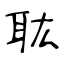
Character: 耾